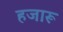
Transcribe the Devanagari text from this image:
हजारू